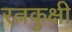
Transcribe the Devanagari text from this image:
रत्नकुक्षी